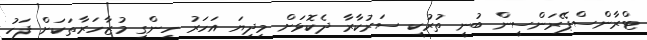
ޓްރާންސްޕޭރަންސީން ބުނީ ތުރުކީ ސަރުކާރާ ދެކޮޅަށް މިދިޔަ އަހަރު ހިންގި މުޒާހަރާތަކަށް ފަހު